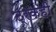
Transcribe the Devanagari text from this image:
ट्रकही